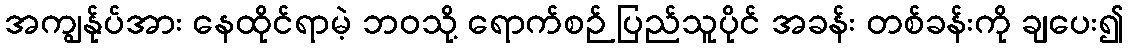
အကျွန်ုပ်အား နေထိုင်ရာမဲ့ ဘဝသို့ ရောက်စဉ် ပြည်သူပိုင် အခန်း တစ်ခန်းကို ချပေး၍